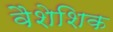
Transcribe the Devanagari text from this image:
वैशेशिक